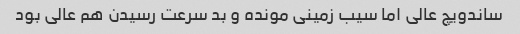
ساندویچ عالی اما سیب زمینی مونده و بد سرعت رسیدن هم عالی بود